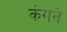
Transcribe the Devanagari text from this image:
कंगने